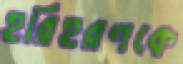
হরিহরণকে